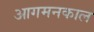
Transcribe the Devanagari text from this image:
आगमनकाल